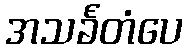
အသင်္ခတံပေ